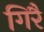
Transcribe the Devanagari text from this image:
गिरै